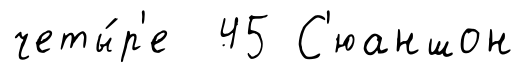
четы́р'е 45 С'юаншон